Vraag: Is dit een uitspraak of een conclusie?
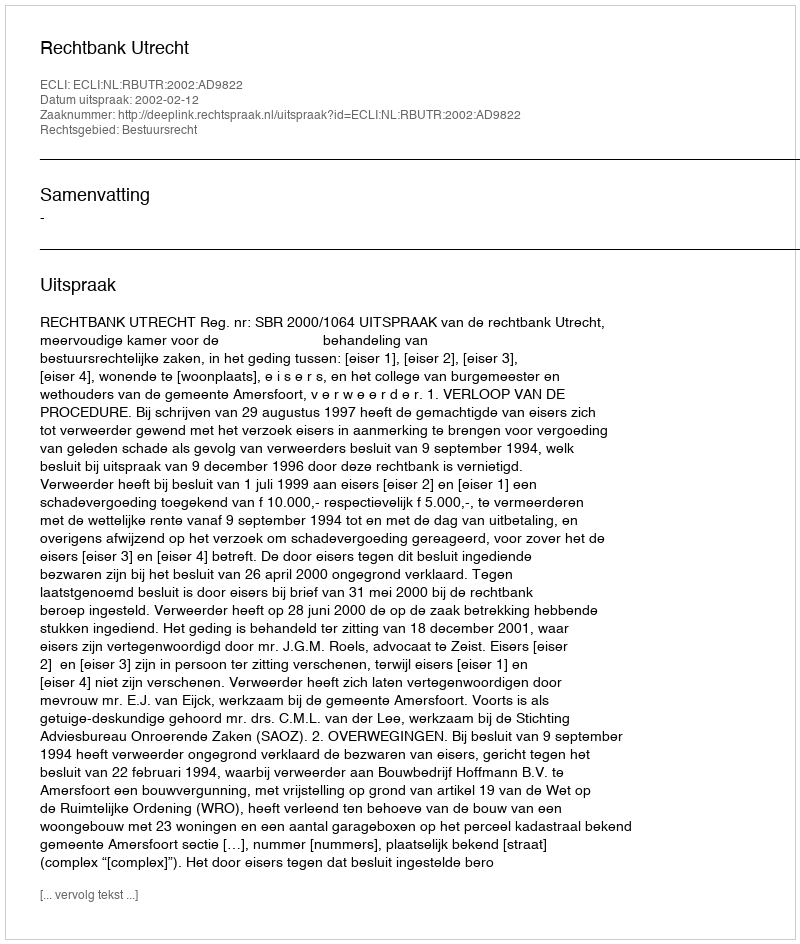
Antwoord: Uitspraak